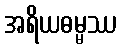
အရိယဓမ္မဿ